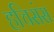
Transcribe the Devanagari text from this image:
हचिसंस